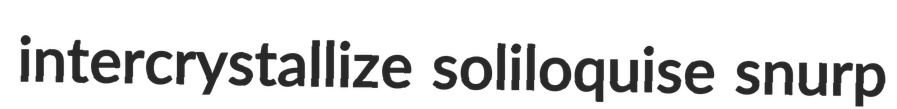
intercrystallize soliloquise snurp